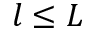
l \leq L